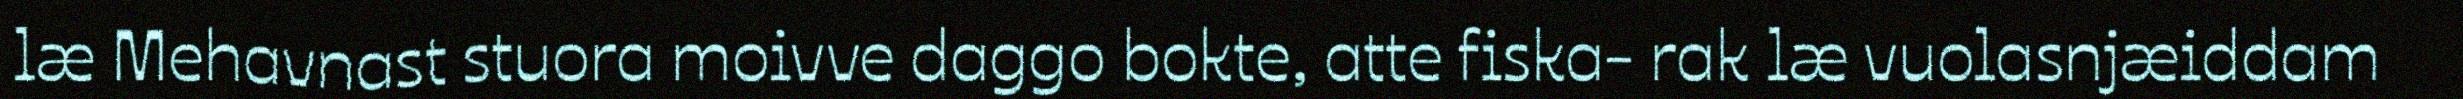
læ Mehavnast stuora moivve daggo bokte, atte fiska- rak læ vuolasnjæiddam